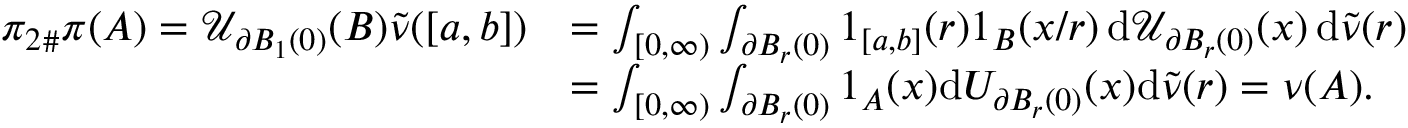
\begin{array} { r l } { { \pi _ { 2 } } _ { \# } \pi ( A ) = \mathcal U _ { \partial B _ { 1 } ( 0 ) } ( B ) \tilde { \nu } ( [ a , b ] ) } & { = \int _ { [ 0 , \infty ) } \int _ { \partial B _ { r } ( 0 ) } 1 _ { [ a , b ] } ( r ) 1 _ { B } ( x / r ) \, \mathrm { d } \mathcal U _ { \partial B _ { r } ( 0 ) } ( x ) \, \mathrm { d } \tilde { \nu } ( r ) } \\ & { = \int _ { [ 0 , \infty ) } \int _ { \partial B _ { r } ( 0 ) } 1 _ { A } ( x ) \mathrm { d } U _ { \partial B _ { r } ( 0 ) } ( x ) \mathrm { d } \tilde { \nu } ( r ) = \nu ( A ) . } \end{array}